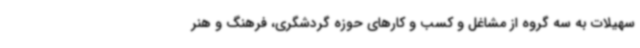
سهیلات به سه گروه از مشاغل و کسب و کارهای حوزه گردشگری، فرهنگ و هنر